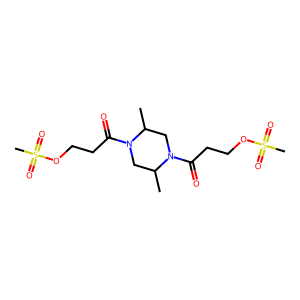
SMILES: CC1CN(C(=O)CCOS(C)(=O)=O)C(C)CN1C(=O)CCOS(C)(=O)=O
Inhibits HIV replication: No